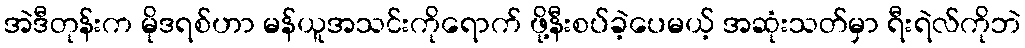
အဲဒီတုန်းက မိုဒရစ်ဟာ မန်ယူအသင်းကိုရောက် ဖို့နီးစပ်ခဲ့ပေမယ့် အဆုံးသတ်မှာ ရီးရဲလ်ကိုဘဲ